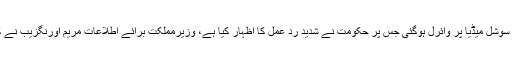
تفصیلات کے مطابق وزیراعظم نوازشریف کے صاحبزادے حسین نواز کی جے آئی ٹی کے سامنے پیشی کی تصویر سوشل میڈیا پر وائرل ہوگئی جس پر حکومت نے شدید رد عمل کا اظہار کیا ہے، وزیرمملکت برائے اطلاعات مریم اورنگزیب نے کہا کہ تصویرتفتیش کے قانونی طریقہ کارکے منافی ہے جب کہ ملک میں شکوک وشبہات کی فضاجنم لے رہی ہے۔